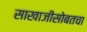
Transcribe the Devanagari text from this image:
साखाजीसोबतचा